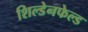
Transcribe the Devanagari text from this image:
शिल्डेनफेल्ड